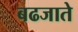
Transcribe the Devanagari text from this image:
बढजाते